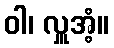
ဝါ၊ လှူအံ့။